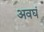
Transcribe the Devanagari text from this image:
अवघं